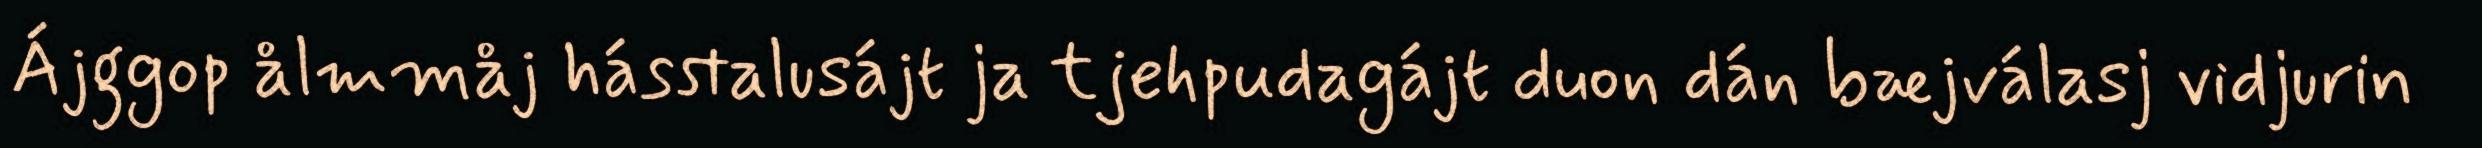
Ájggop ålmmåj hásstalusájt ja tjehpudagájt duon dán bæjválasj vidjurin